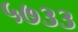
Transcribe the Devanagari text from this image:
५७३३